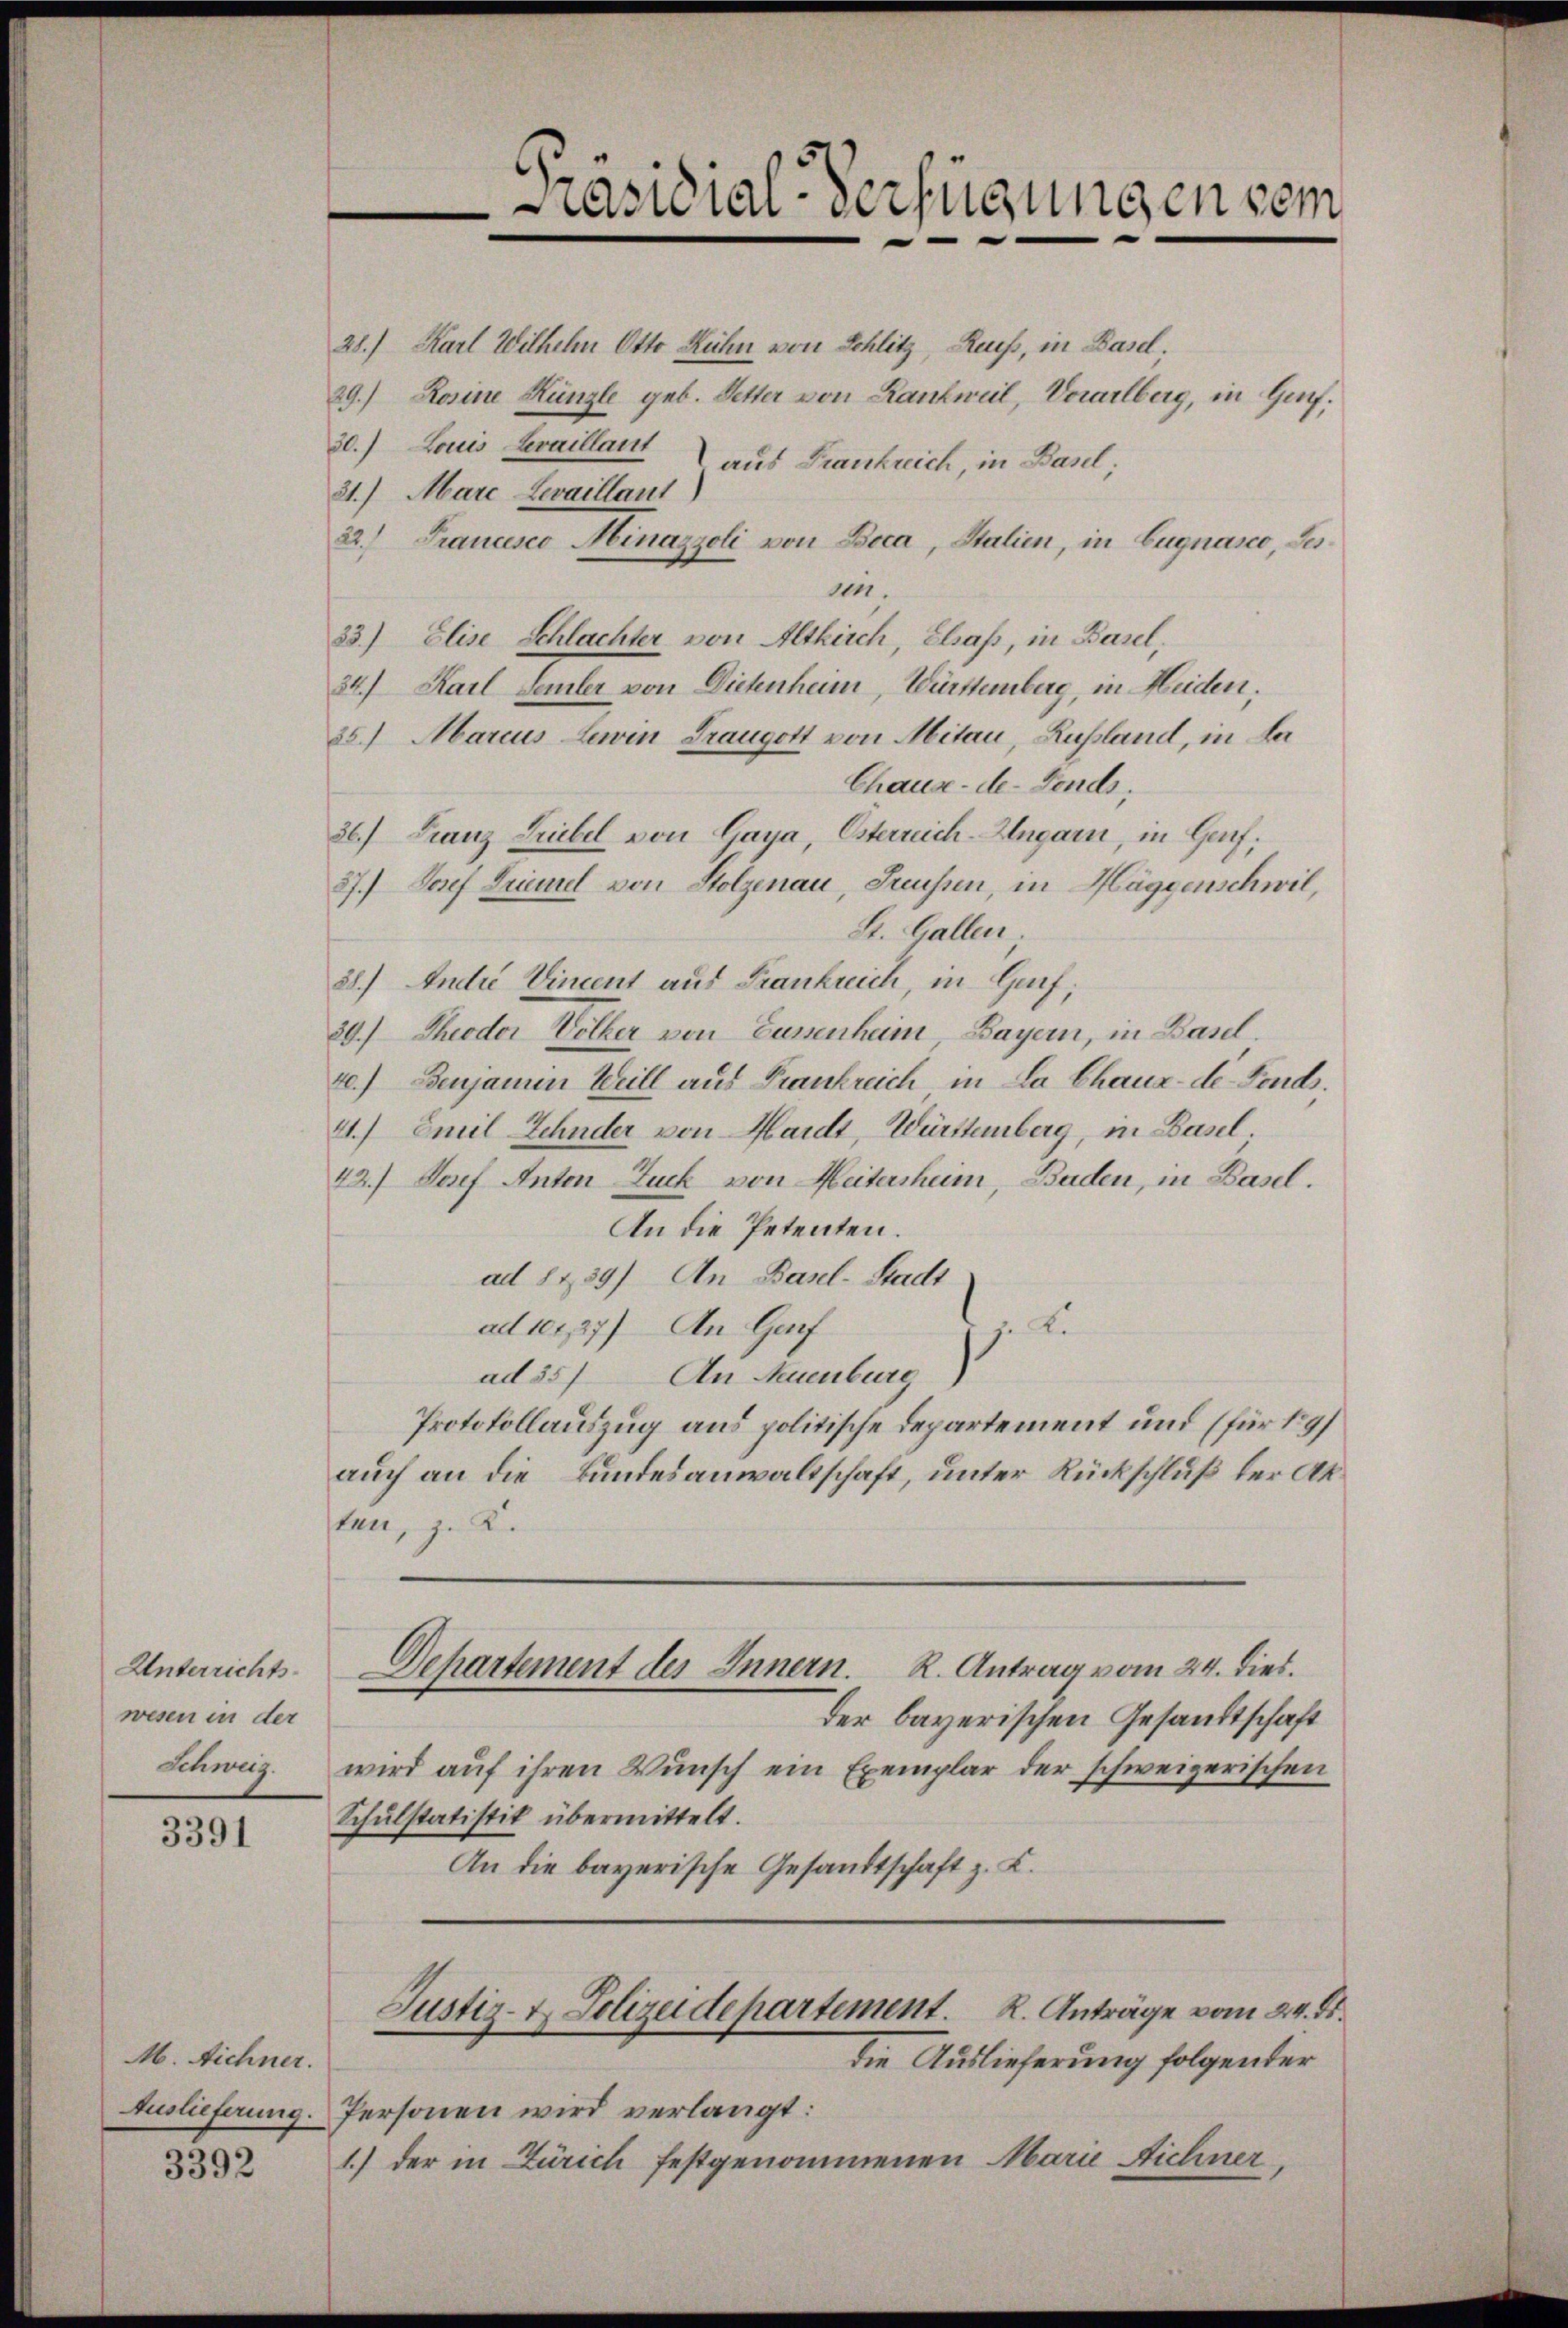
Unterrichts-
wesen in der
Schweiz.

3391

M. Aichner.
Auslieferung.

3392

Präsidial-Verfügungen vom
e

28.) Karl Wilhelm Otto Kuhn von Schlitz, Reuss, in Basel;
29.) Rosine Künzle geb. Petter von Rankweil, Vorarlberg, in Genf.
30.) Laus Levaillant
aus Frankreich, in Basel;
21.) Mare Levaillaut)
22.) Francesco Minazzoli von Boca, Stalien, in Eugnasco, Jessen.
33.) Elise Schlachter von Altkirch, Elsaß, in Basel
34.) Karl Semler von Dietenheim, Württemberg, in Heiden.
25.) Marcus Lewin Fraugott von Mitau, Rußland, in der
Chause-de-Fonds,
37.) Josef Trimel von Stolzenau, Freussen, in Häggenschwil,
St. Gallen;
28.) Andre Vincent aus Frankreich, in Genf;
39.) Theodor Völker von Bussenheim Bayern, in Basel.
4.) Benjamin Heill aus Frankreich, in La Chaux-de-Fonds.
41.) Emil Zehnder von Hardt, Württemberg, in Basel.
42.) Josef Anton Zuck von Heitersheim, Baden, in Basel.
An die Petenten.
ad 8139) An Basel-Stadt
ad 11,27) An Gruf
ze ke
ad 357 An Neuenburg
Protokollauszug aus politische Departement und (für 197
auch an die Bundesanwaltschaft, unter Rückschluß der Akten, z. K.
R. Antrag vom 24. dies.
Departement des Innern.
der bayerischen Gesandtschaft
wird auf ihren Wunsch ein Exemplar der schweizerischen
Schulstatistik übermittelt.
An die bayerische Gesandtschaft z. B.
Justiz- & Polizeidepartement. R. Anträge vom 24. ds.
die Auslieferung folgenter
Personen wird verlangt:
1.) der in Zürich festgenommenen Marie Dichner,

36.) Franz Leibel von Gaya, Esterreich-Ungarn, in Genf,